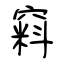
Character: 窲